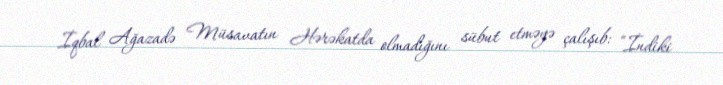
İqbal Ağazadə Müsavatın Hərəkatda olmadığını sübut etməyə çalışıb: “İndiki